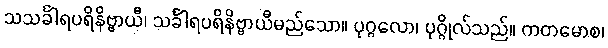
သသင်္ခါရပရိနိဗ္ဗာယီ၊ သင်္ခါရပရိနိဗ္ဗာယီမည်သော။ ပုဂ္ဂလော၊ ပုဂ္ဂိုလ်သည်။ ကတမောစ၊